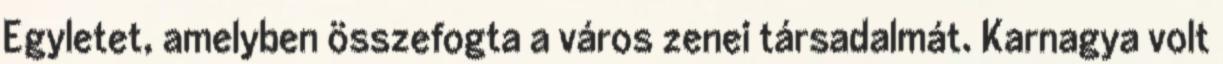
Egyletet, amelyben összefogta a város zenei társadalmát. Karnagya volt